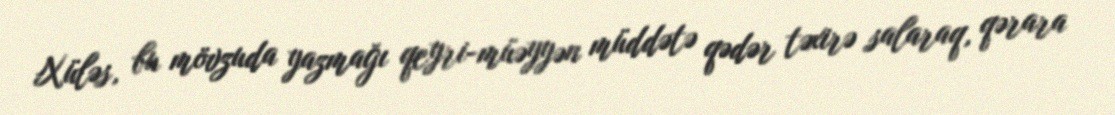
Xüləs, bu mövzuda yazmağı qeyri-müəyyən müddətə qədər təxirə salaraq, qərara